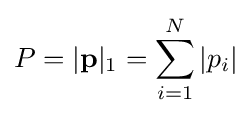
P=|\mathbf {p} |_{1}=\sum _{i=1}^{N}|p_{i}|